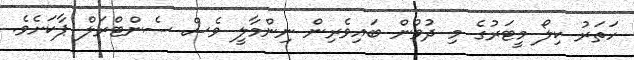
ހަތަރު ކިލޯ މީޓަރުގެ މި ދުވުން ބައިވެރިން ނިންމާލީ ވެސް ސެންޓްރަލް ޕާކަށެވެ.